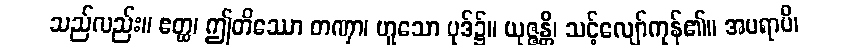
သည်လည်း။ ဧတ္ထ၊ ဤတိဿော တဏှာ၊ ဟူသော ပုဒ်၌။ ယုဇ္ဇန္တိ၊ သင့်လျော်ကုန်၏။ အပရာပိ၊